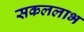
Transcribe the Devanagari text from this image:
सकललाभ